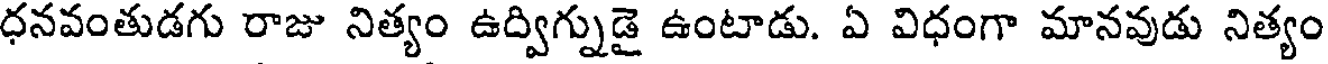
ధనవంతుడగు రాజు నిత్యం ఉద్విగ్నుడై ఉంటాడు. ఏ విధంగా మానవుడు నిత్యం